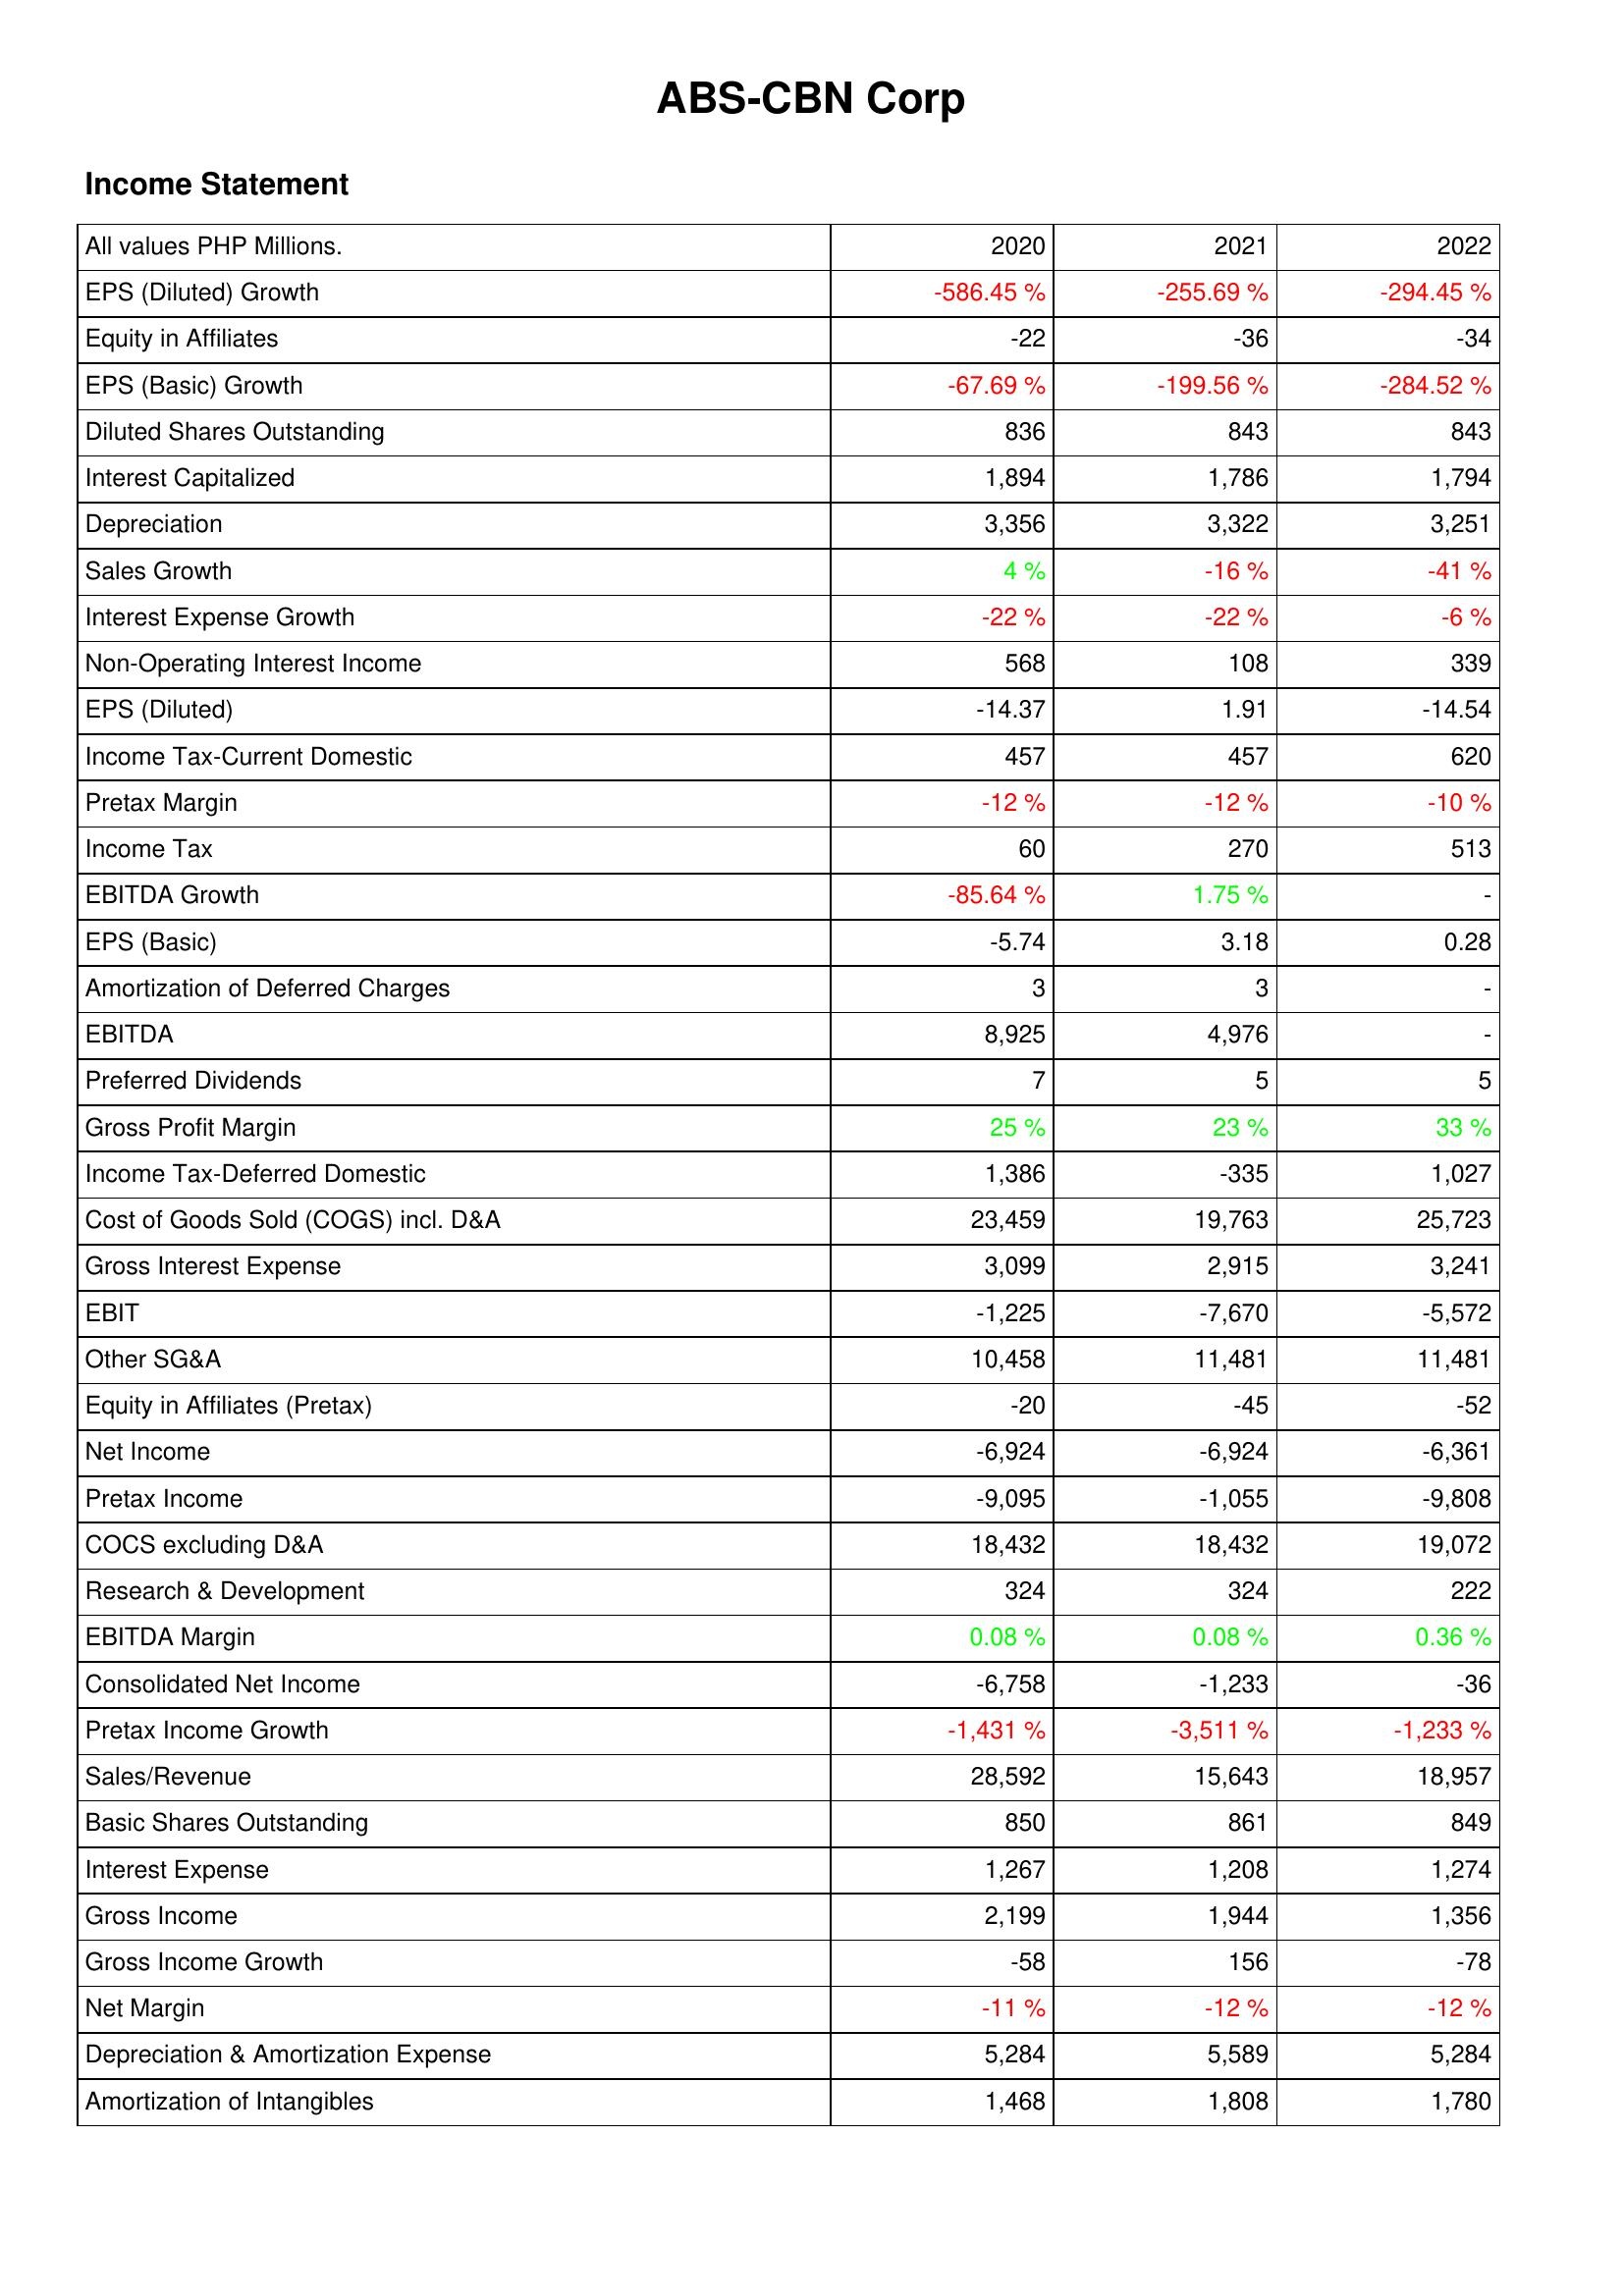
2020: Income Statement: EPS (Diluted) Growth: -586.45 %
Equity in Affiliates: -22
EPS (Basic) Growth: -67.69 %
Diluted Shares Outstanding: 836
Interest Capitalized: 1,894
Depreciation: 3,356
Sales Growth: 4 %
Interest Expense Growth: -22 %
Non-Operating Interest Income: 568
EPS (Diluted): -14.37
Income Tax-Current Domestic: 457
Pretax Margin: -12 %
Income Tax: 60
EBITDA Growth: -85.64 %
EPS (Basic): -5.74
Amortization of Deferred Charges: 3
EBITDA: 8,925
Preferred Dividends: 7
Gross Profit Margin: 25 %
Income Tax-Deferred Domestic: 1,386
Cost of Goods Sold (COGS) incl. D&A: 23,459
Gross Interest Expense: 3,099
EBIT: -1,225
Other SG&A: 10,458
Equity in Affiliates (Pretax): -20
Net Income: -6,924
Pretax Income: -9,095
COCS excluding D&A: 18,432
Research & Development: 324
EBITDA Margin: 0.08 %
Consolidated Net Income: -6,758
Pretax Income Growth: -1,431 %
Sales/Revenue: 28,592
Basic Shares Outstanding: 850
Interest Expense: 1,267
Gross Income: 2,199
Gross Income Growth: -58
Net Margin: -11 %
Depreciation & Amortization Expense: 5,284
Amortization of Intangibles: 1,468
2021: Income Statement: EPS (Diluted) Growth: -255.69 %
Equity in Affiliates: -36
EPS (Basic) Growth: -199.56 %
Diluted Shares Outstanding: 843
Interest Capitalized: 1,786
Depreciation: 3,322
Sales Growth: -16 %
Interest Expense Growth: -22 %
Non-Operating Interest Income: 108
EPS (Diluted): 1.91
Income Tax-Current Domestic: 457
Pretax Margin: -12 %
Income Tax: 270
EBITDA Growth: 1.75 %
EPS (Basic): 3.18
Amortization of Deferred Charges: 3
EBITDA: 4,976
Preferred Dividends: 5
Gross Profit Margin: 23 %
Income Tax-Deferred Domestic: -335
Cost of Goods Sold (COGS) incl. D&A: 19,763
Gross Interest Expense: 2,915
EBIT: -7,670
Other SG&A: 11,481
Equity in Affiliates (Pretax): -45
Net Income: -6,924
Pretax Income: -1,055
COCS excluding D&A: 18,432
Research & Development: 324
EBITDA Margin: 0.08 %
Consolidated Net Income: -1,233
Pretax Income Growth: -3,511 %
Sales/Revenue: 15,643
Basic Shares Outstanding: 861
Interest Expense: 1,208
Gross Income: 1,944
Gross Income Growth: 156
Net Margin: -12 %
Depreciation & Amortization Expense: 5,589
Amortization of Intangibles: 1,808
2022: Income Statement: EPS (Diluted) Growth: -294.45 %
Equity in Affiliates: -34
EPS (Basic) Growth: -284.52 %
Diluted Shares Outstanding: 843
Interest Capitalized: 1,794
Depreciation: 3,251
Sales Growth: -41 %
Interest Expense Growth: -6 %
Non-Operating Interest Income: 339
EPS (Diluted): -14.54
Income Tax-Current Domestic: 620
Pretax Margin: -10 %
Income Tax: 513
EBITDA Growth: -
EPS (Basic): 0.28
Amortization of Deferred Charges: -
EBITDA: -
Preferred Dividends: 5
Gross Profit Margin: 33 %
Income Tax-Deferred Domestic: 1,027
Cost of Goods Sold (COGS) incl. D&A: 25,723
Gross Interest Expense: 3,241
EBIT: -5,572
Other SG&A: 11,481
Equity in Affiliates (Pretax): -52
Net Income: -6,361
Pretax Income: -9,808
COCS excluding D&A: 19,072
Research & Development: 222
EBITDA Margin: 0.36 %
Consolidated Net Income: -36
Pretax Income Growth: -1,233 %
Sales/Revenue: 18,957
Basic Shares Outstanding: 849
Interest Expense: 1,274
Gross Income: 1,356
Gross Income Growth: -78
Net Margin: -12 %
Depreciation & Amortization Expense: 5,284
Amortization of Intangibles: 1,780